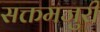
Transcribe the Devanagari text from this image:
सक्तमजुरी